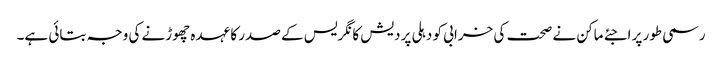
رسمی طور پر اجئے ماکن نے صحت کی خرابی کو دہلی پردیش کانگریس کے صدر کا عہدہ چھوڑنے کی وجہ بتائی ہے۔